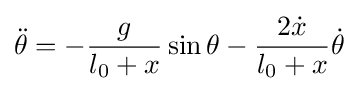
{\ddot {\theta }}=-{\frac {g}{l_{0}+x}}\sin \theta -{\frac {2{\dot {x}}}{l_{0}+x}}{\dot {\theta }}